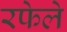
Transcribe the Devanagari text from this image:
रफेले